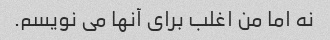
نه اما من اغلب برای آنها می نویسم.